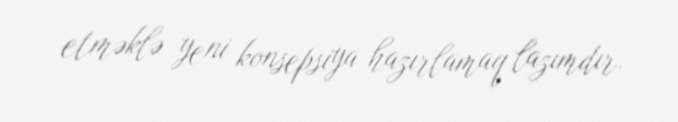
etməklə yeni konsepsiya hazırlamaq lazımdır.